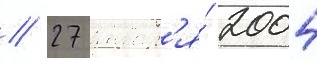
// 27 январ'я́ 2004